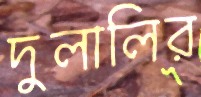
দুলালির